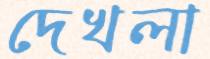
দেখলা